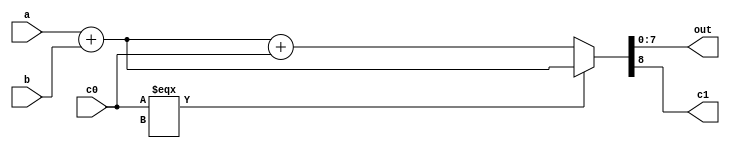
module adder8(
	input wire [7:0] a,
	input wire [7:0] b,
	input wire c0,
	output wire [7:0] out,
	output wire c1
);

assign {c1, out} = c0 === 1'bX ? a + b : a + b + c0;

endmodule